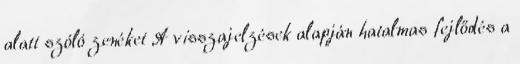
alatt szóló zenéket A visszajelzések alapján hatalmas fejlődés a